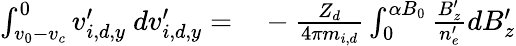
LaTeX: \begin{array}{rl}{\int_{v_{0}-v_{c}}^{0}v_{i,d,y}^{\prime}\ dv_{i,d,y}^{\prime}=}&{{}-\frac{Z_{d}}{4\pi m_{i,d}}\int_{0}^{\alpha B_{0}}\frac{B_{z}^{\prime}}{n_{e}^{\prime}}dB_{z}^{\prime}}\end{array}